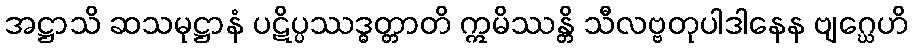
အဋ္ဌာသိ ဆသမုဋ္ဌာနံ ပဋိပ္ပဿဒ္ဓတ္တာတိ ဣမိဿန္တိ သီလဗ္ဗတုပါဒါနေန ဗျဂ္ဃေဟိ